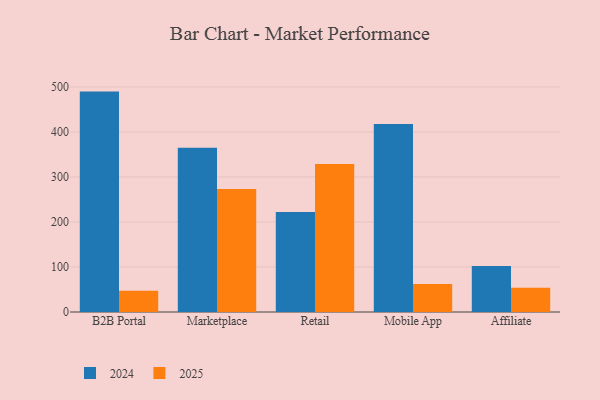
{"axis": {"x": "Channel", "y": "Revenue (USD Million)"}, "legend": ["2024", "2025"], "data": [{"x": "B2B Portal", "y": 489.6, "type": "2024"}, {"x": "B2B Portal", "y": 47.1, "type": "2025"}, {"x": "Marketplace", "y": 365.0, "type": "2024"}, {"x": "Marketplace", "y": 273.3, "type": "2025"}, {"x": "Retail", "y": 222.0, "type": "2024"}, {"x": "Retail", "y": 329.0, "type": "2025"}, {"x": "Mobile App", "y": 417.6, "type": "2024"}, {"x": "Mobile App", "y": 62.2, "type": "2025"}, {"x": "Affiliate", "y": 102.0, "type": "2024"}, {"x": "Affiliate", "y": 53.7, "type": "2025"}]}